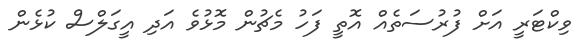
ވިކްޓަރީ އަށް ފުރުސަތެއް އޮތީ ފަހު މެޗުން މޮޅުވެ އަދި އީގަލްސް ކުޅެން